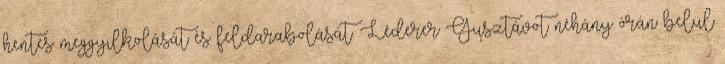
hentes meggyilkolását és feldarabolását. Léderer Gusztávot néhány órán belül